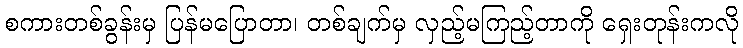
စကားတစ်ခွန်းမှ ပြန်မပြောတာ၊ တစ်ချက်မှ လှည့်မကြည့်တာကို ရှေးတုန်းကလို